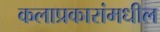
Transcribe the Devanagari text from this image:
कलाप्रकारांमधील